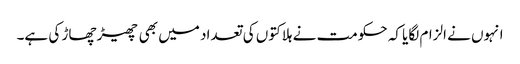
انہوں نے الزام لگایا کہ حکومت نے ہلاکتوں کی تعداد میں بھی چھیڑ چھاڑ کی ہے۔